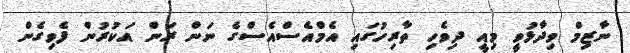
ނާޒިމް ވިދާޅުވީ މިއީ ދިވެހި ތާރިހުގައި އެމްއެސްއެސްގެ ނަން ރަން އަކުރުން ފެވިގެން